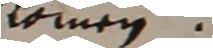
kommen